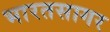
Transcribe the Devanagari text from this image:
भारतसागर